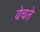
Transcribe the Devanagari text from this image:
वेचते